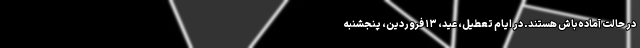
در حالت آماده‌باش هستند. در ایام تعطیل،‌ عید، ۱۳ فروردین، پنجشنبه